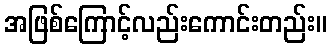
အဖြစ်ကြောင့်လည်းကောင်းတည်း။